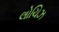
લોચિઝ